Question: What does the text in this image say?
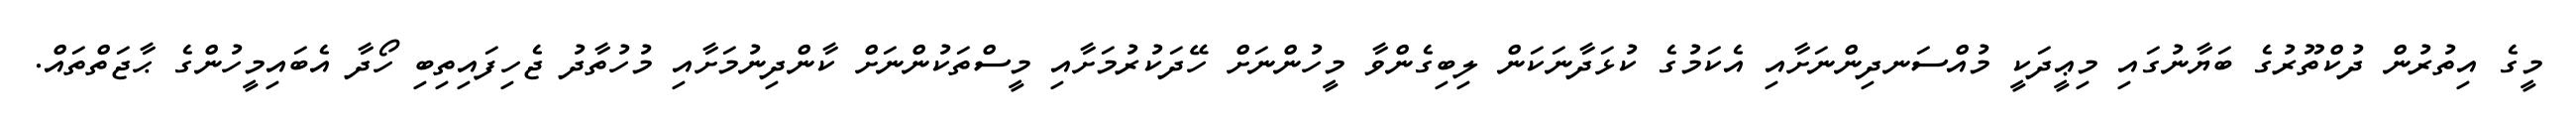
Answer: މީގެ އިތުރުން ދުކްތޫރުގެ ބަޔާނުގައި މިޢީދަކީ މުއްސަނދިންނަށާއި އެކަމުގެ ކުޅަދާނަކަން ލިބިގެންވާ މީހުންނަށް ހޭދަކުރުމަށާއި މީސްތަކުންނަށް ކާންދިނުމަށާއި މުހުތާދު ޖެހިފައިތިބި ހޯދާ އެބައިމީހުންގެ ޙާޖަތްތައް.